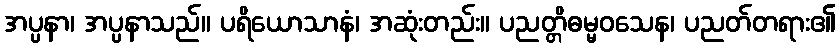
အပ္ပနာ၊ အပ္ပနာသည်။ ပရိယောသာနံ၊ အဆုံးတည်း။ ပညတ္တိဓမ္မဝသေန၊ ပညတ်တရား၏